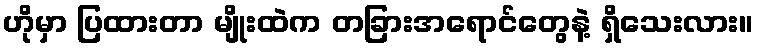
ဟိုမှာ ပြထားတာ မျိုးထဲက တခြားအရောင်တွေနဲ့ ရှိသေးလား။